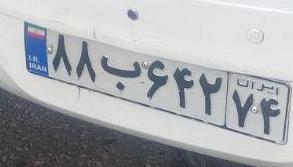
۸۸ب۶۴۲۷۴